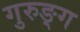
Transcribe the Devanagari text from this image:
गुरुङ्ग